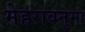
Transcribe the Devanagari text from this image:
मेहरावनुमा